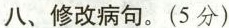
八、修改病句。(5分)